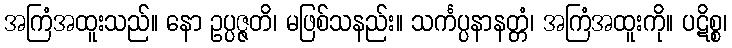
အကြံအထူးသည်။ နော ဥပ္ပဇ္ဇတိ၊ မဖြစ်သနည်း။ သင်္ကပ္ပနာနတ္တံ၊ အကြံအထူးကို။ ပဋိစ္စ၊